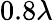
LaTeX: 0.8\lambda